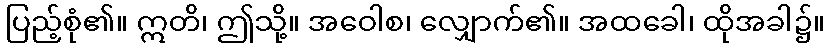
ပြည့်စုံ၏။ ဣတိ၊ ဤသို့။ အဝေါစ၊ လျှောက်၏။ အထခေါ၊ ထိုအခါ၌။